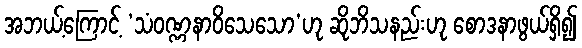
အဘယ့်ကြောင့် ‘သံဝဏ္ဏနာဝိသေသော’ဟု ဆိုဘိသနည်းဟု စောဒနာဖွယ်ရှိ၍